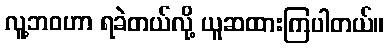
လူ့ဘဝဟာ ရခဲတယ်လို့ ယူဆထားကြပါတယ်။